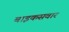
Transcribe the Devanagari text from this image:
बाइकसवार